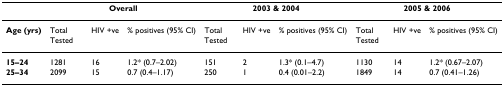
<table><thead><tr><td>[EMPTY_CELL]</td><td colspan="3"><b>Overall</b></td><td colspan="3"><b>2003 &amp; 2004</b></td><td colspan="3"><b>2005 &amp; 2006</b></td></tr></thead><tbody><tr><td><b>Age (yrs)</b></td><td>Total Tested</td><td>HIV +ve</td><td>% positives (95% CI)</td><td>Total Tested</td><td>HIV +ve</td><td>% positives (95% CI)</td><td>Total Tested</td><td>HIV +ve</td><td>% positives (95% CI)</td></tr><tr><td><b>15–24</b></td><td>1281</td><td>16</td><td>1.2* (0.7–2.02)</td><td>151</td><td>2</td><td>1.3* (0.1–4.7)</td><td>1130</td><td>14</td><td>1.2* (0.67–2.07)</td></tr><tr><td><b>25–34</b></td><td>2099</td><td>15</td><td>0.7 (0.4–1.17)</td><td>250</td><td>1</td><td>0.4 (0.01–2.2)</td><td>1849</td><td>14</td><td>0.7 (0.41–1.26)</td></tr></tbody></table>